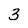
Character: 3